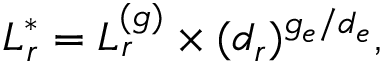
L _ { r } ^ { * } = L _ { r } ^ { ( g ) } \times ( d _ { r } ) ^ { { g _ { e } } / { d _ { e } } } ,